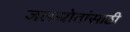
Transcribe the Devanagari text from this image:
जलस्रोतांसाठी